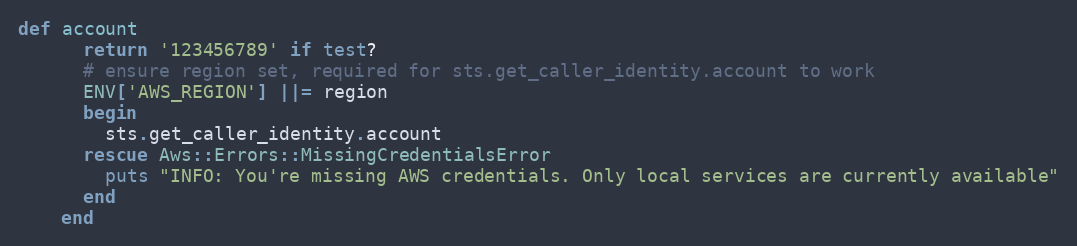
Language: Ruby
def account
      return '123456789' if test?
      # ensure region set, required for sts.get_caller_identity.account to work
      ENV['AWS_REGION'] ||= region
      begin
        sts.get_caller_identity.account
      rescue Aws::Errors::MissingCredentialsError
        puts "INFO: You're missing AWS credentials. Only local services are currently available"
      end
    end